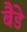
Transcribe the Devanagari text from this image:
बैडे